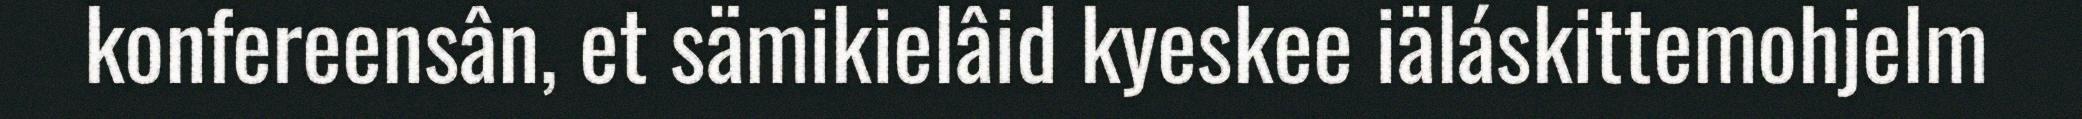
konfereensân, et sämikielâid kyeskee iäláskittemohjelm